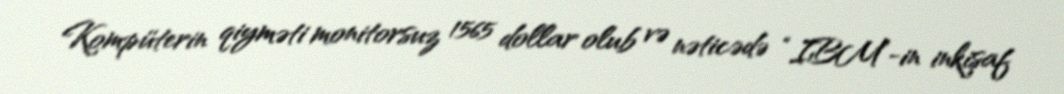
Kompüterin qiyməti monitorsuz 1565 dollar olub və nəticədə “IBM”-in inkişaf